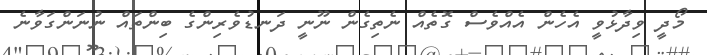
މޯދީ ވިދާޅުވީ އެހެން އެއްވެސް ގޮތެއް ނެތިގެން ނޫނީ ދަނޑުވެރިންގެ ބިންތައް ނުނަންގަވާނެ